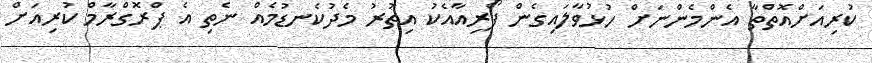
ކުރިއަށްއޮތްތާ އެންމެންނަށް ހުޅުވާލައިގެން ފޯރިއާއެކު އިތުރު މެދުކެނޑުމެއް ނެތި އެ ޕްރޮގްރާމް ކުރިއަށް